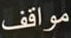
مواقف